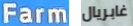
Farm غابريال